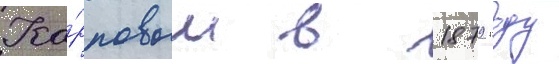
Ка́рповым в 1879 году